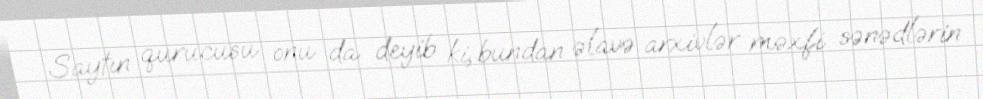
Saytın qurucusu onu da deyib ki, bundan əlavə arxivlər məxfi sənədlərin